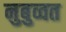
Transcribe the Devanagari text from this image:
नुबुव्वत